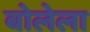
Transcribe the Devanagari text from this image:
बोलेला